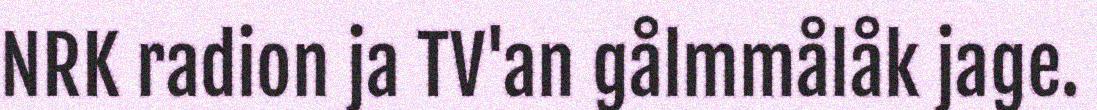
NRK radion ja TV'an gålmmålåk jage.